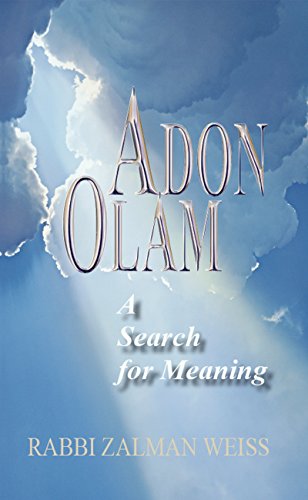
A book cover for Adon Olam: A Search for Meaning; Rabbi Zalman Weiss; Religion & Spirituality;